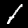
Digit: 1